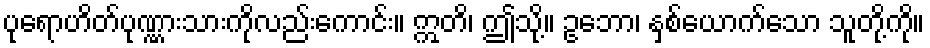
ပုရောဟိတ်ပုဏ္ဏားသားကိုလည်းကောင်း။ ဣတိ၊ ဤသို့။ ဥဘော၊ နှစ်ယောက်သော သူတို့ကို။